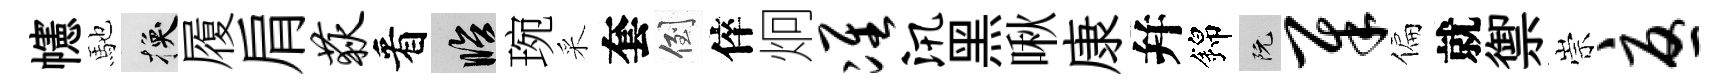
幰馳换履肩荻看臨琬采套倒倅炯准汛黑啾康幷錦阮犀偏就禦崇忧